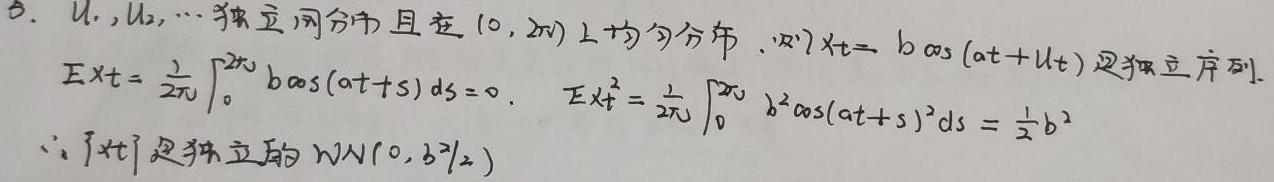
6. \(U_1,U_2,\cdots\)独立同分布且在\((0, 2\pi)\)上均匀分布。则\(X_t = b\cos(\omega t + U_t)\)是独立序列。

\[
\begin{align*}
EX_t&=\frac{1}{2\pi}\int_{0}^{2\pi}b\cos(\omega t + s)ds = 0.\\
EX_t^2&=\frac{1}{2\pi}\int_{0}^{2\pi}b^2\cos^2(\omega t + s)ds=\frac{1}{2}b^2
\end{align*}
\]

\(\therefore \{X_t\}\)是独立的\(WN(0, b^2/2)\)